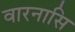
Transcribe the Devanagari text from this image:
वारनासि